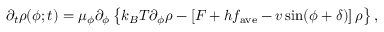
\partial _ { t } \rho ( \phi ; t ) = \mu _ { \phi } \partial _ { \phi } \left\{ k _ { B } T \partial _ { \phi } \rho - \left[ F + h f _ { \mathrm { a v e } } - v \sin ( \phi + \delta ) \right] \rho \right\} ,